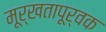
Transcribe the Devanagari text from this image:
मूर्खतापूर्वक